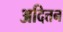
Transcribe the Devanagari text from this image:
अदित्तन